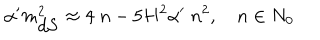
\alpha ^ { \prime } m _ { \mathrm { d S } } ^ { 2 } \approx 4 \; n - 5 H ^ { 2 } \alpha ^ { \prime } \; n ^ { 2 } , \quad n \in N _ { 0 }